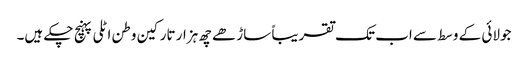
جولائی کے وسط سے اب تک تقریباً ساڑھے چھ ہزار تارکین وطن اٹلی پہنچ چکے ہیں۔